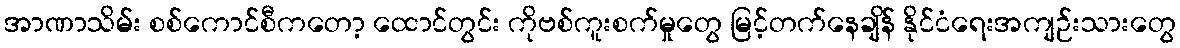
အာဏာသိမ်း စစ်ကောင်စီကတော့ ထောင်တွင်း ကိုဗစ်ကူးစက်မှုတွေ မြင့်တက်နေချိန် နိုင်ငံရေးအကျဉ်းသားတွေ